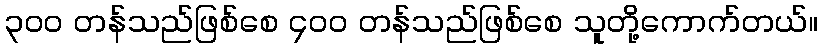
၃၀၀ တန်သည်ဖြစ်စေ ၄၀၀ တန်သည်ဖြစ်စေ သူတို့ကောက်တယ်။